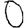
Digit: 0